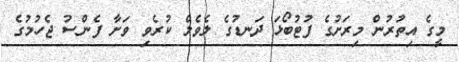
މީގެ އިތުރުން މިރަށުގެ ފުޓުބޯޅަ ދަނޑުގެ ލެވެލް ކުރެވި ވަށާ ފެންސު ޖެހުމުގެ